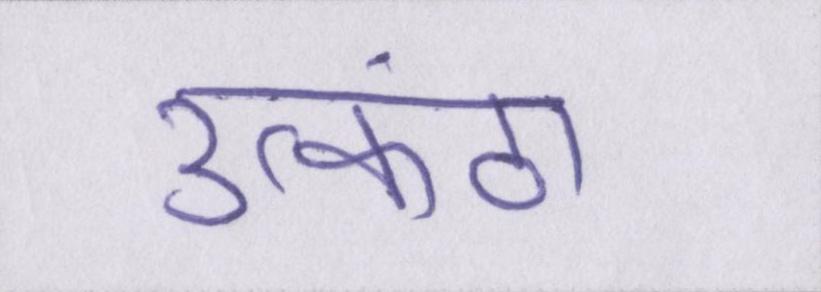
उत्कंठा